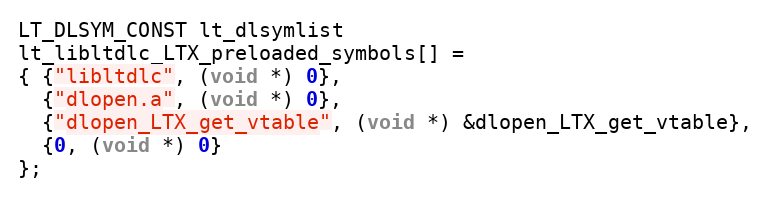
Language: C
LT_DLSYM_CONST lt_dlsymlist
lt_libltdlc_LTX_preloaded_symbols[] =
{ {"libltdlc", (void *) 0},
  {"dlopen.a", (void *) 0},
  {"dlopen_LTX_get_vtable", (void *) &dlopen_LTX_get_vtable},
  {0, (void *) 0}
};